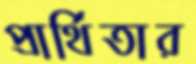
প্রার্থিতার